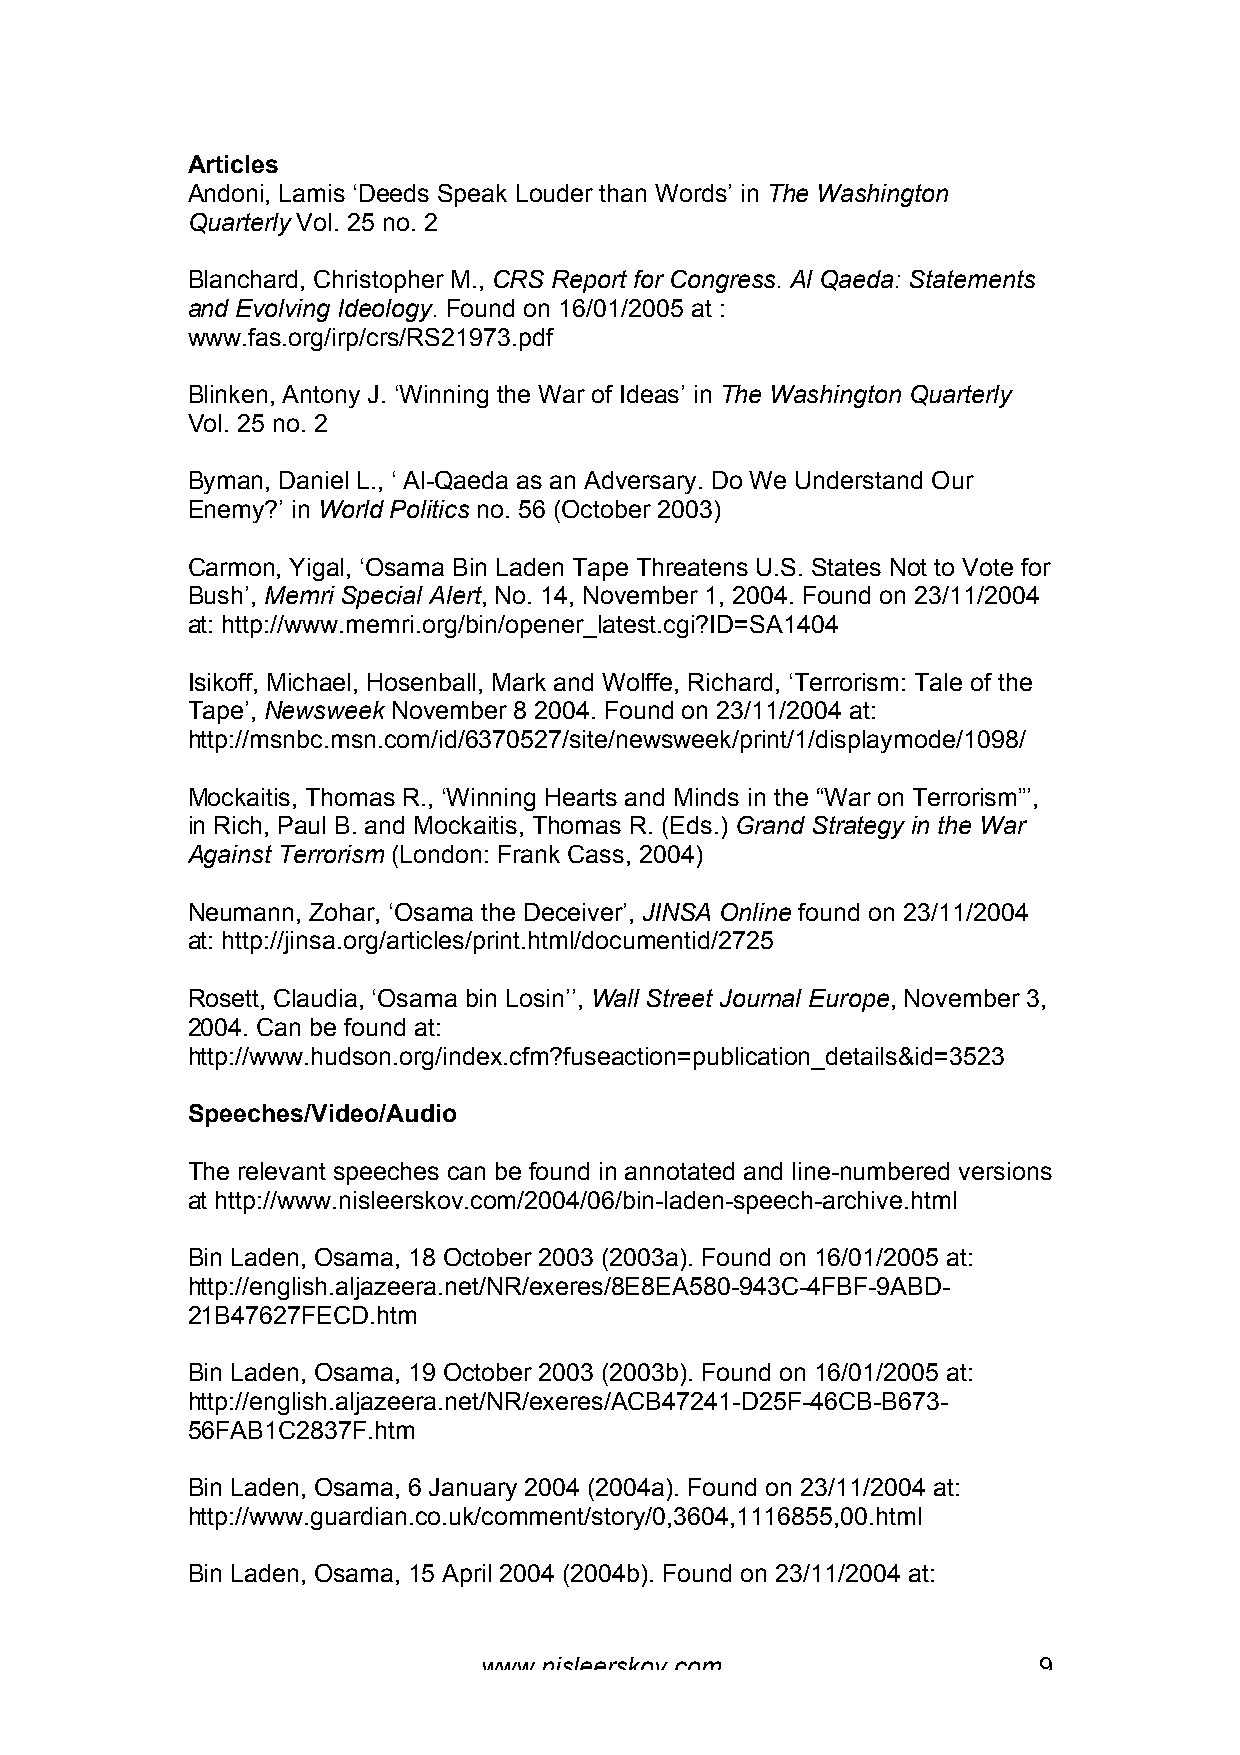
Articles
 Andoni, Lamis ‘Deeds Speak Louder than Words’ in The Washington
 Quarterly Vol. 25 no. 2
 Blanchard, Christopher M., CRS Report for Congress. Al Qaeda: Statements
 and Evolving Ideology. Found on 16/01/2005 at :
 www.fas.org/irp/crs/RS21973.pdf
 Blinken, Antony J. ‘Winning the War of Ideas’ in The Washington Quarterly
 Vol. 25 no. 2
 Byman, Daniel L., ‘ Al-Qaeda as an Adversary. Do We Understand Our
 Enemy?’ in World Politics no. 56 (October 2003)
 Carmon, Yigal, ‘Osama Bin Laden Tape Threatens U.S. States Not to Vote for
 Bush’, Memri Special Alert, No. 14, November 1, 2004. Found on 23/11/2004
 at: http://www.memri.org/bin/opener_latest.cgi?ID=SA1404
 Isikoff, Michael, Hosenball, Mark and Wolffe, Richard, ‘Terrorism: Tale of the
 Tape’, Newsweek November 8 2004. Found on 23/11/2004 at:
 http://msnbc.msn.com/id/6370527/site/newsweek/print/1/displaymode/1098/
 Mockaitis, Thomas R., ‘Winning Hearts and Minds in the “War on Terrorism”’,
 in Rich, Paul B. and Mockaitis, Thomas R. (Eds.) Grand Strategy in the War
 Against Terrorism (London: Frank Cass, 2004)
 Neumann, Zohar, ‘Osama the Deceiver’, JINSA Online found on 23/11/2004
 at: http://jinsa.org/articles/print.html/documentid/2725
 Rosett, Claudia, ‘Osama bin Losin’’, Wall Street Journal Europe, November 3,
 2004. Can be found at:
 http://www.hudson.org/index.cfm?fuseaction=publication_details&id=3523
 Speeches/Video/Audio
 The relevant speeches can be found in annotated and line-numbered versions
 at http://www.nisleerskov.com/2004/06/bin-laden-speech-archive.html
 Bin Laden, Osama, 18 October 2003 (2003a). Found on 16/01/2005 at:
 http://english.aljazeera.net/NR/exeres/8E8EA580-943C-4FBF-9ABD-
 21B47627FECD.htm
 Bin Laden, Osama, 19 October 2003 (2003b). Found on 16/01/2005 at:
 http://english.aljazeera.net/NR/exeres/ACB47241-D25F-46CB-B673-
 56FAB1C2837F.htm
 Bin Laden, Osama, 6 January 2004 (2004a). Found on 23/11/2004 at:
 http://www.guardian.co.uk/comment/story/0,3604,1116855,00.html
 Bin Laden, Osama, 15 April 2004 (2004b). Found on 23/11/2004 at:
 www.nisleerskov.com                  9